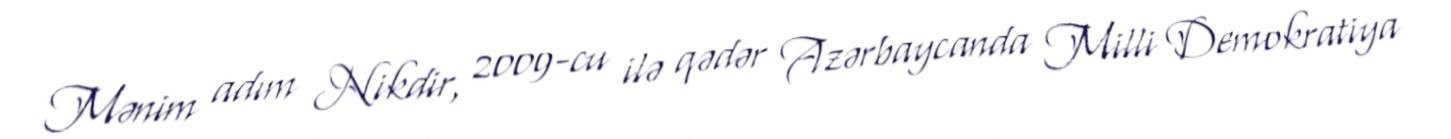
Mənim adım Nikdir, 2009-cu ilə qədər Azərbaycanda Milli Demokratiya